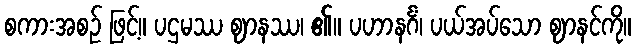
စကားအစဉ် ဖြင့်။ ပဌမဿ ဈာနဿ၊ ၏။ ပဟာနင်္ဂံ၊ ပယ်အပ်သော ဈာနင်ကို။